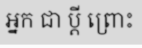
អ្នក ជា ប្តី ព្រោះ